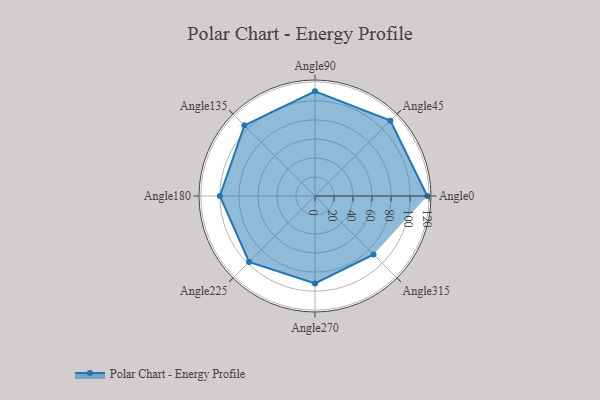
{"axis": {"x": "Angle", "y": "Radius"}, "legend": [""], "data": [{"x": "Angle0", "y": 118.0, "type": ""}, {"x": "Angle45", "y": 112.0, "type": ""}, {"x": "Angle90", "y": 110.0, "type": ""}, {"x": "Angle135", "y": 105.0, "type": ""}, {"x": "Angle180", "y": 100.0, "type": ""}, {"x": "Angle225", "y": 98.0, "type": ""}, {"x": "Angle270", "y": 92.0, "type": ""}, {"x": "Angle315", "y": 87.0, "type": ""}]}